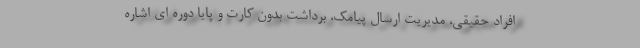
افراد حقیقی، مدیریت ارسال پیامک، برداشت بدون کارت و پایا دوره ای اشاره